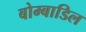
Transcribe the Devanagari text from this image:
बोम्बाडिल